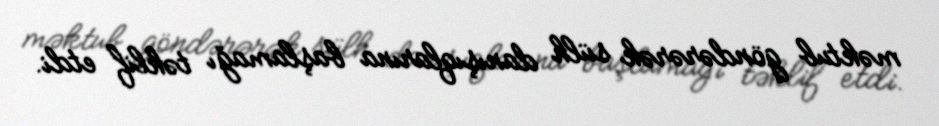
məktub göndərərək sülh danışıqlarına başlamağı təklif etdi.